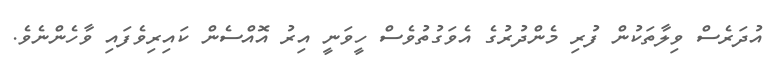
އުދަރެސް ވިލާތަކުން ފުރި މެންދުރުގެ އެވަގުތުވެސް ހީވަނީ އިރު އޮއްސެން ކައިރިވެފައި ވާހެންނެވެ.